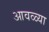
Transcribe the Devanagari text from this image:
आवळ्या